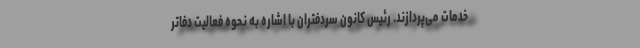
خدمات می‌پردازند. رئیس کانون سردفتران با اشاره به نحوه فعالیت دفاتر